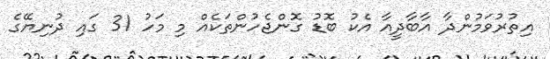
އިތުރުވަމުންދާ އާބާދީއާ އެކު ބޮޑު ގޮންޖެހުންތަކެއް މި މަހު 31 ގައި ދުނިޔޭގެ